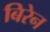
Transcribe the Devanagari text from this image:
बिरेन